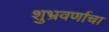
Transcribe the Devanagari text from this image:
शुभ्रवर्णाचा